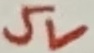
Text: 5V